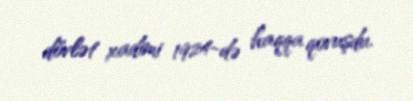
dövlət xadimi 1924-də haqqa qovuşdu.